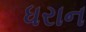
ધરાન